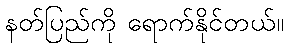
နတ်ပြည်ကို ရောက်နိုင်တယ်။